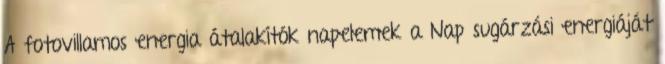
A fotovillamos energia átalakítók napelemek a Nap sugárzási energiáját